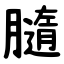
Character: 膸